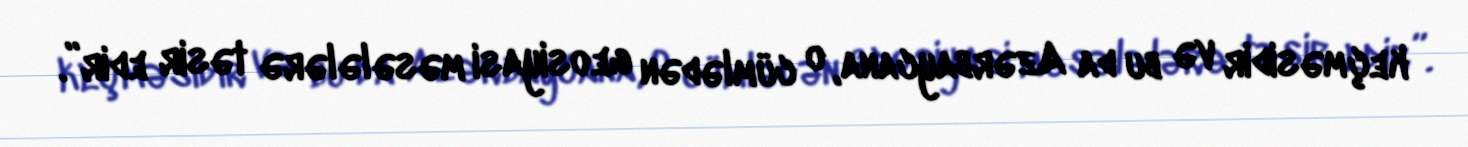
keçməsidir və bu da Azərbaycana, o cümlədən geosiyasi məsələlərə təsir edir”.